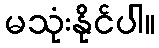
မသုံးနိုင်ပါ။